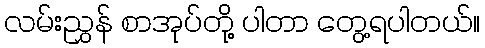
လမ်းညွှန် စာအုပ်တို့ ပါတာ တွေ့ရပါတယ်။